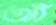
আঁ